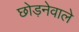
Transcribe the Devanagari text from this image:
छोड़नेवाले